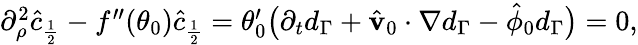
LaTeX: \begin{array}{r}{\partial_{\rho}^{2}\hat{c}_{\frac{1}{2}}-f^{\prime\prime}(\theta_{0})\hat{c}_{\frac{1}{2}}=\theta_{0}^{\prime}\big(\partial_{t}d_{\Gamma}+\hat{\mathbf{v}}_{0}\cdot\nabla d_{\Gamma}-\hat{\phi}_{0}d_{\Gamma}\big)=0,}\end{array}